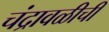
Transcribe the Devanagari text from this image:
चंद्रावळीची